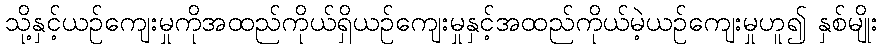
သို့နှင့်ယဉ်ကျေးမှုကိုအထည်ကိုယ်ရှိယဉ်ကျေးမှုနှင့်အထည်ကိုယ်မဲ့ယဉ်ကျေးမှုဟူ၍ နှစ်မျိုး